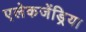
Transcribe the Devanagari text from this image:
एलेकजेंड्रिया